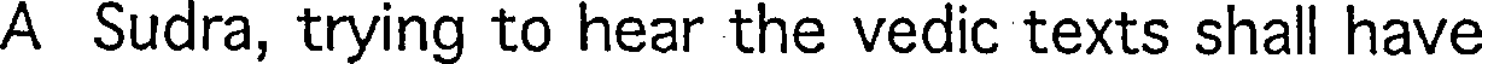
A Sudra, trying to hear the vedic texts shall have